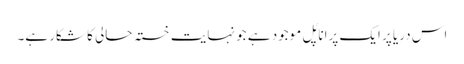
اس دریا پر ایک پرانا پُل موجود ہے جو نہایت خستہ حالی کا شکار ہے۔